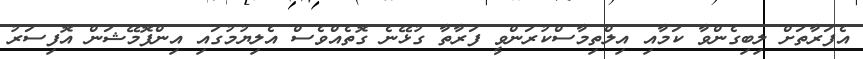
އެފަރާތަށް ލިބިގެންވާ ކަމާއި އިލްތިމާސްކުރަންވީ ފަރާތާ ގުޅޭނެ ގޮތެއްވެސް އެލިޔުމުގައި އިންފޮމޭޝަން އޮފިސަރު